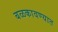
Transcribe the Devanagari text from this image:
बळकावण्यात